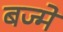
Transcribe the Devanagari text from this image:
बज्मे